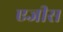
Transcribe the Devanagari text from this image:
एजीस